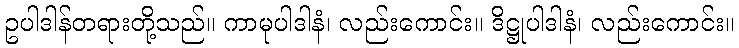
ဥပါဒါန်တရားတို့သည်။ ကာမုပါဒါနံ၊ လည်းကောင်း။ ဒိဋ္ဌုပါဒါနံ၊ လည်းကောင်း။